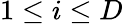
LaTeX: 1\leq i\leq D